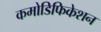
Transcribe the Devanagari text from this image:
कमोडिफिकेशन